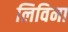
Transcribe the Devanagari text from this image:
लिविना